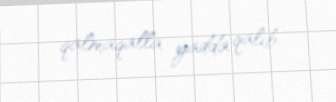
qalmaqalla yadda qalıb.